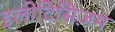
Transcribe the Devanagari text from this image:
इलीटिसिज़म